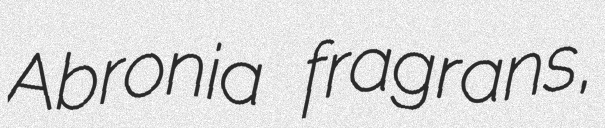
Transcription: Abronia fragrans,